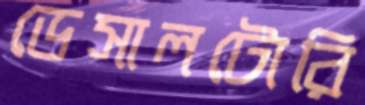
ডেসালটোরি